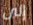
إلى